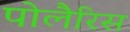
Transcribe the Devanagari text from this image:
पोलैरिस